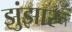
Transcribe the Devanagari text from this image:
झुंझारू